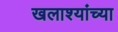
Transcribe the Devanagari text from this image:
खलाश्यांच्या